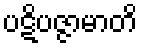
ပဋိပဇ္ဇာမာတိ